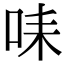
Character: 𠱤